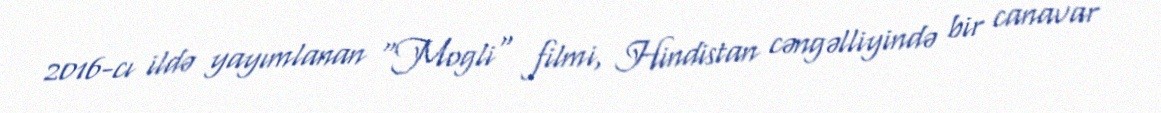
2016-cı ildə yayımlanan "Mogli" filmi, Hindistan cəngəlliyində bir canavar